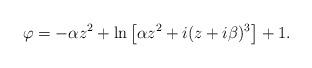
LaTeX: \begin{align*}\varphi=-\alpha z^2 +\ln\left[\alpha z^2 +i(z+i\beta)^3\right]+1.\end{align*}